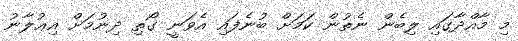
މި މާއްދާގައި ލިބެން ނެތުން ކަމަށް ބުނެފައި އެވަނީ ގޯތި ދިނުމަށް އިޢުލާނު